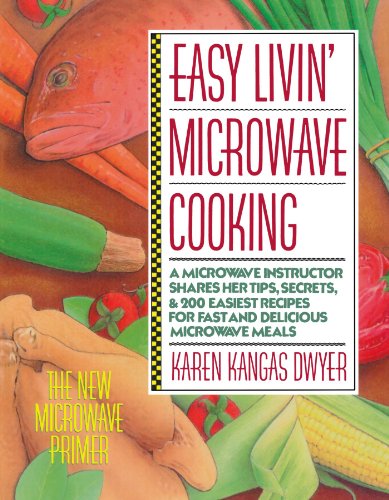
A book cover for Easy Livin' Microwave Cooking: A microwave instructor shares tips, secrets, & 200 easiest recipes for fast and delicious microwave meals; Karen K. Dwyer; Cookbooks, Food & Wine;